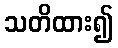
သတိထား၍